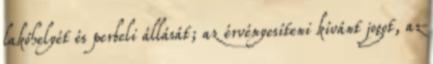
lakóhelyét és perbeli állását; az érvényesíteni kívánt jogot, az